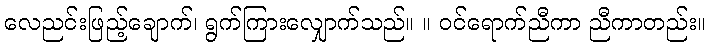
လေညင်းဖြည့်ချောက်၊ ရွက်ကြားလျှောက်သည်။ ။ ဝင်ရောက်ညီကာ ညီကာတည်း။